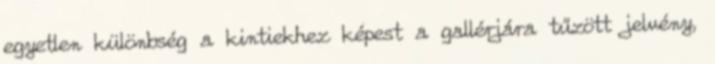
egyetlen különbség a kintiekhez képest a gallérjára tűzött jelvény,